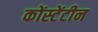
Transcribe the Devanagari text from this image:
कोंस्टेंटीन